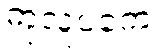
ကုလူပကေ